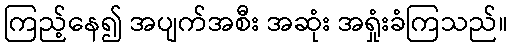
ကြည့်နေ၍ အပျက်အစီး အဆုံး အရှုံးခံကြသည်။